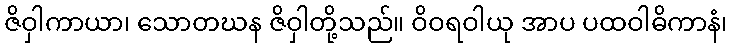
ဇိဝှါကာယာ၊ သောတဃန ဇိဝှါတို့သည်။ ဝိဝရဝါယု အာပ ပထဝါဓိကာနံ၊